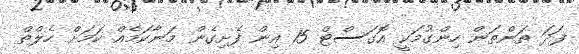
ފަދަ ތަންތަން ހިންގުމަކީ އޮގަސްޓް 15 އިން ފެށިގެން މަނާކަމެއް ކަމަށް ހެލްތް